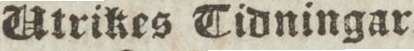
Utrikes Tidningar.